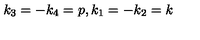
k _ { 3 } = - k _ { 4 } = p , k _ { 1 } = - k _ { 2 } = k